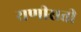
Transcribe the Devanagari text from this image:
राणीसती